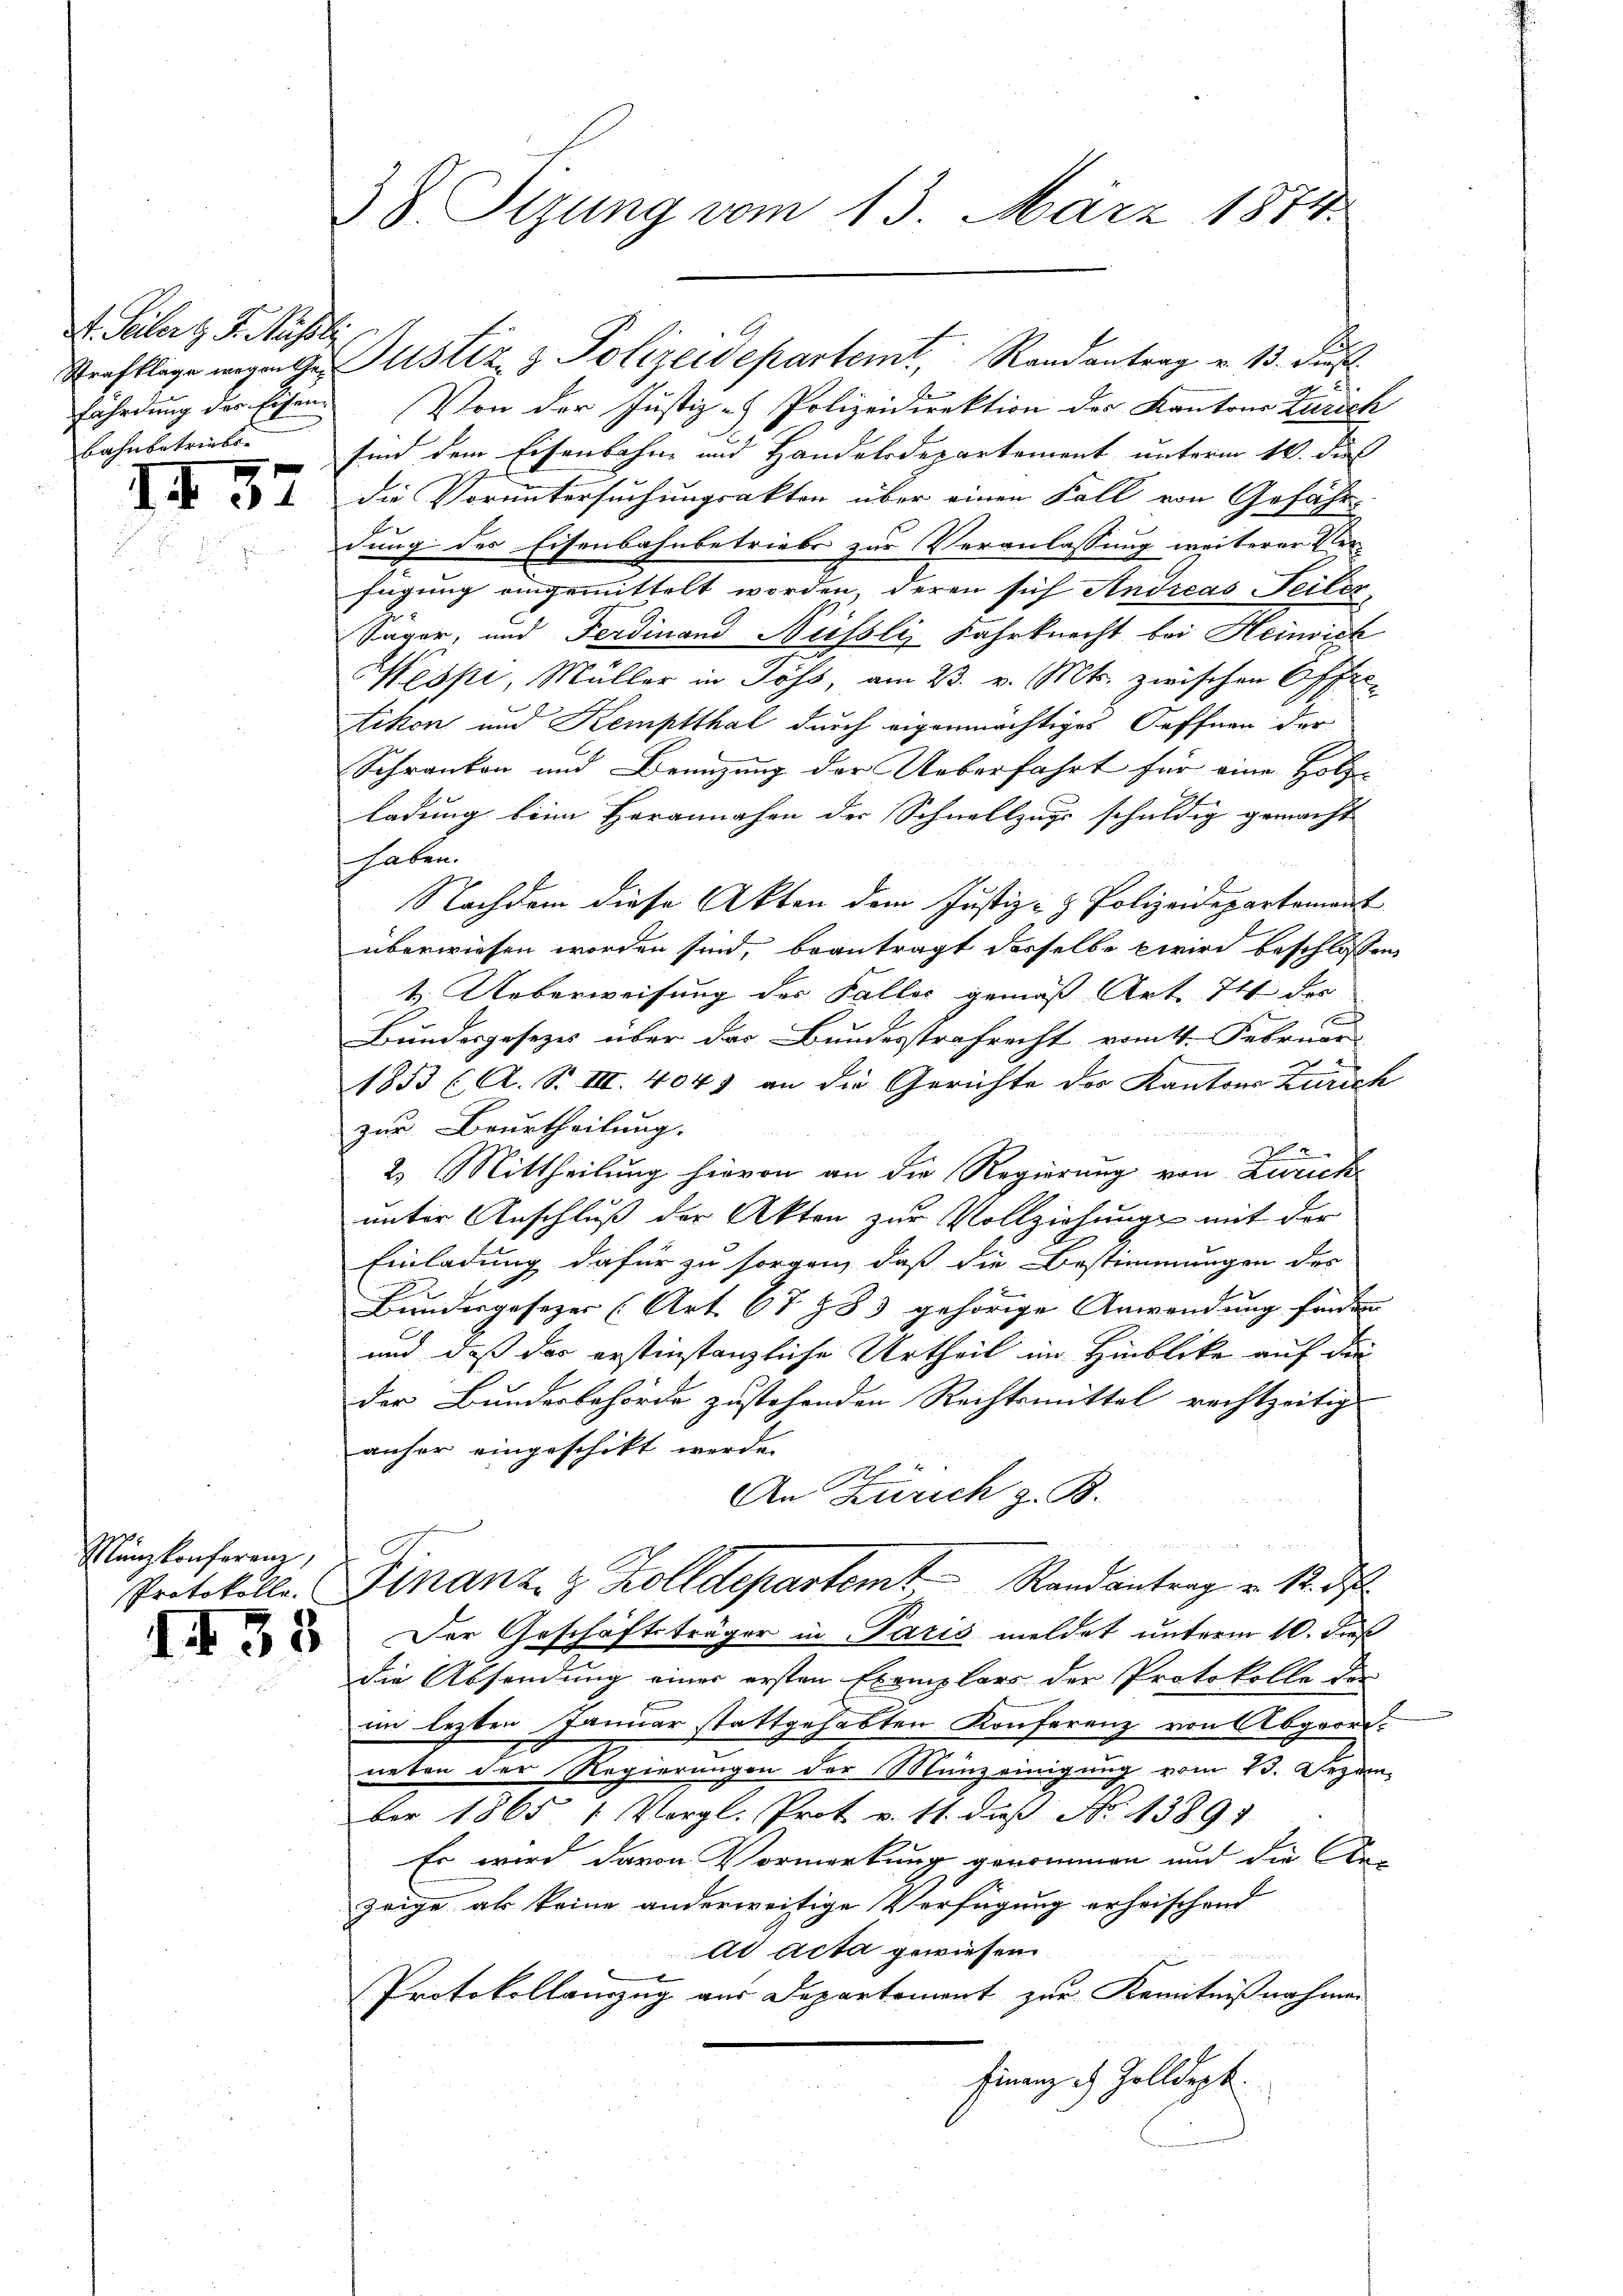
D. Seiter z. B. Müssle
fährdung des Eisen.
Bahnbetriebs

57

Münzkonferenz,
Protokolle.

I435

38 Sizung vom 13. März 1874.

Strafklage wegen te Justiz & Polizeidepartemt Randantrag v. 13. Just
Von der Justiz- Polizeidirektion des Kantons Zürich
sind dem Eisenbahne und Handelsdepartement unterm 10. dies
die Voruntersuchungsakten über einen Fall von Gefähr
dung des Eisenbahnbetriebs zur Veranlassung weiterer Verfügung angemittelt worden, deren sich Andreas Teiler
Säger, und Ferdinand Neissli, Fahrknecht bei Heinrich
Nespi, Müller in Söss, am 23. v. Mts. zwischen Offic-
tikon und Kemptthal durch eigenmächtiger Oeffnen der
Schranken und Brenzung der Ueberfahrt für eine Holz-
ladung beim Herannahen der Schnellzugs schuldig gemacht
haben.
Nachdem diese Akten dem Justiz- & Polizeidepartement
überwiesen worden sind, beantragt derselbe wird beschlossen
1. Ueberweisung der Faller gemäß Art. 716 des
 xx
Bundesgesezes über das Bundesstrafrecht vom 1. Februar
1853 (A. S. III. 404) an die Gerichte des Kantons Zürich
zur Beurtheilung.
r
2. Mittheilung hievon an die Regierung von Zürich
unter Anschluß der Akten zur Vollziehung mit der
Einladung dafür zu sorgen, daß die Bestimmungen des
Bundesgesezer (Art. 67 783 gehörige Anwendung finden
und daß das erstinstanzliche Urtheil im Hinblicke auf die
der Bundesbehörde zustehenden Rechtsmittel rechtzeitig-
anher eingeschikt werde.
An Zürich z. B.
Finanz. & Zolldepartem Randantrag v. 12. d
Der Geschäftsträger in Paris meldet unterm 10. dieß
die Absendung einer ersten Exemplars der Protokolle der
im lezten Januar stattgehabten Konferenz von Abgeordneten der Regierungen der Manzeinigung vom 13. Dezember 1865. " Vergl. Prot v. 11. daß No 1389.
Es wird davon Vormerkung genommen und die Die
zeige als keine anderweitige Verfügung erheischend
ad acta gewiesen.
en Gegen
Protokollenzug aus Departement zur Kenntnißnahmen
Finanze Zolldept.